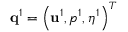
{ \bf q } ^ { 1 } = \left( { \bf u } ^ { 1 } , p ^ { 1 } , \eta ^ { 1 } \right) ^ { T }